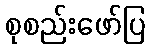
စုစည်းဖော်ပြ